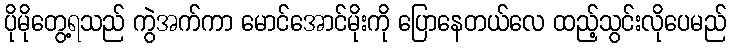
ပိုမိုတွေ့ရသည် ကွဲအက်ကာ မောင်အောင်မိုးကို ပြောနေတယ်လေ ထည့်သွင်းလိုပေမည်